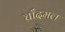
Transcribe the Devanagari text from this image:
चाँदमल